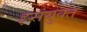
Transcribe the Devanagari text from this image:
झ्र्संयुक्त